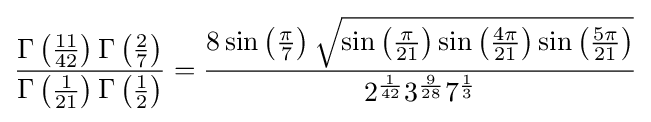
{\frac {\Gamma \left({\frac {11}{42}}\right)\Gamma \left({\frac {2}{7}}\right)}{\Gamma \left({\frac {1}{21}}\right)\Gamma \left({\frac {1}{2}}\right)}}={\frac {8\sin \left({\frac {\pi }{7}}\right){\sqrt {\sin \left({\frac {\pi }{21}}\right)\sin \left({\frac {4\pi }{21}}\right)\sin \left({\frac {5\pi }{21}}\right)}}}{2^{\frac {1}{42}}3^{\frac {9}{28}}7^{\frac {1}{3}}}}